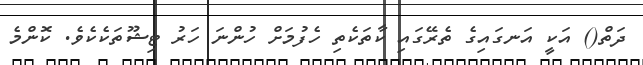
ދަތް() އަކީ އަނގައިގެ ތެރޭގައި ކާތަކެތި ހެފުމަށް ހުންނަ ހަރު ޓިޝޫތަކެކެވެ. ކޮންމެ